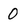
Character: 0